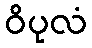
ဝိပုလံ